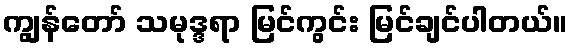
ကျွန်တော် သမုဒ္ဒရာ မြင်ကွင်း မြင်ချင်ပါတယ်။